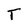
Character: T